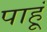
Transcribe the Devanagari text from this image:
पाहू्ं